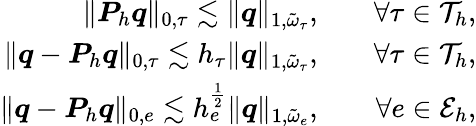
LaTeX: \begin{array}{rlr}{\| \boldsymbol{P}_{h}\boldsymbol{q}\| _{0,\tau}\lesssim\| \boldsymbol{q}\| _{1,\tilde{\omega}_{\tau}},}&{}&{\forall\tau\in\mathcal{T}_{h},}\\ {\| \boldsymbol{q}-\boldsymbol{P}_{h}\boldsymbol{q}\| _{0,\tau}\lesssim h_{\tau}\| \boldsymbol{q}\| _{1,\tilde{\omega}_{\tau}},}&{}&{\forall\tau\in\mathcal{T}_{h},}\\ {\| \boldsymbol{q}-\boldsymbol{P}_{h}\boldsymbol{q}\| _{0,e}\lesssim h_{e}^{\frac{1}{2}}\| \boldsymbol{q}\| _{1,\tilde{\omega}_{e}},}&{}&{\forall e\in\mathcal{E}_{h},}\end{array}